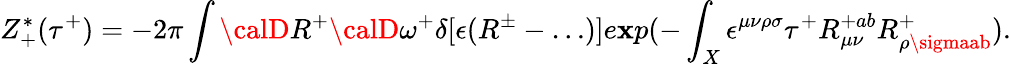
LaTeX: Z_{+}^{*}(\tau^{+})=-2\pi\int{\calD}R^{+}{\calD}\omega^{+}\delta[\epsilon(R^{\pm}-\dots)]e\mathbf{x}p(-\int_{X}\epsilon^{\mu\nu\rho\sigma}\tau^{+}R_{\mu\nu}^{+ab}R_{\rho\sigmaab}^{+}).